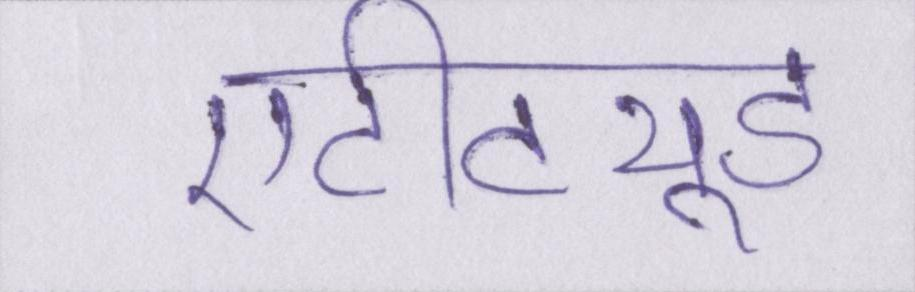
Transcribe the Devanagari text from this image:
एटीट्यूड